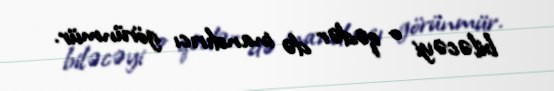
biləcəyi o qədər də inandırıcı görünmür.